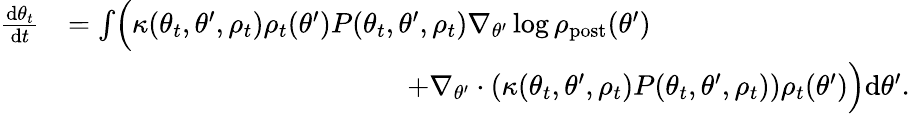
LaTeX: \begin{array}{rl}{\frac{\mathrm{d}\theta_{t}}{\mathrm{d}t}}&{=\int\Bigl(\kappa(\theta_{t},\theta^{\prime},\rho_{t})\rho_{t}(\theta^{\prime})P(\theta_{t},\theta^{\prime},\rho_{t})\nabla_{\theta^{\prime}}\log\rho_{\mathrm{post}}(\theta^{\prime})}\\ &{\qquad\qquad\qquad\qquad\qquad\qquad+\nabla_{\theta^{\prime}}\cdot(\kappa(\theta_{t},\theta^{\prime},\rho_{t})P(\theta_{t},\theta^{\prime},\rho_{t}))\rho_{t}(\theta^{\prime})\Bigr)\mathrm{d}\theta^{\prime}.}\end{array}